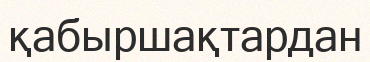
қабыршақтардан